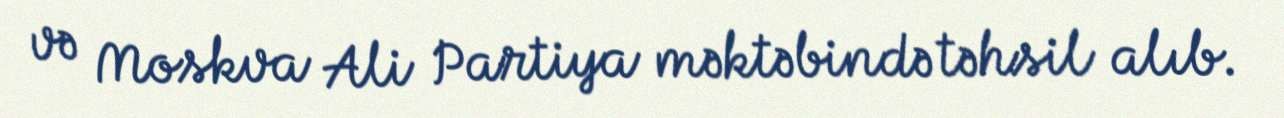
və Moskva Ali Partiya məktəbində təhsil alıb.